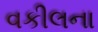
વકીલના